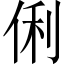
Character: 俐